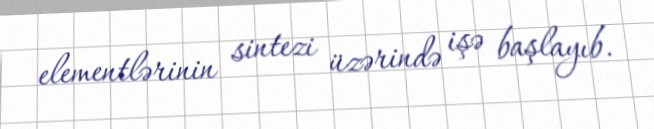
elementlərinin sintezi üzərində işə başlayıb.